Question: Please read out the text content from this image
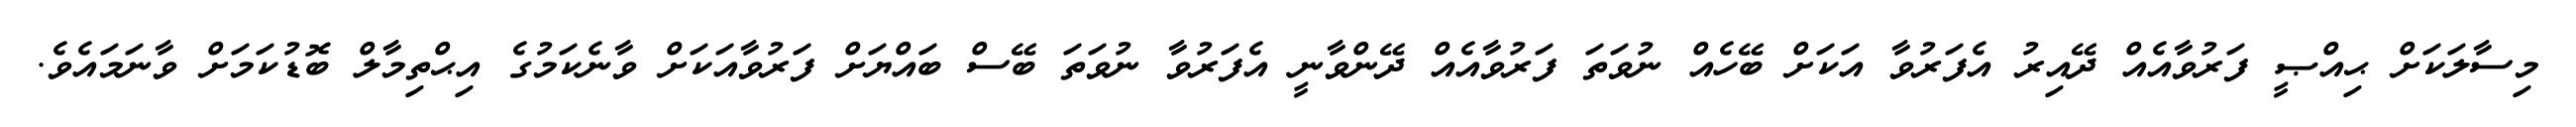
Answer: މިސާލަކަށް ޙިއްޞީ ފަރުވާއެއް ދޭއިރު އެފަރުވާ އަކަށް ބޭހެއް ނުވަތަ ފަރުވާއެއް ދޭންވާނީ އެފަރުވާ ނުވަތަ ބޭސް ބައްޔަށް ފަރުވާއަކަށް ވާނެކަމުގެ އިޙްތިމާލް ބޮޑުކަމަށް ވާނަމައެވެ.